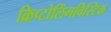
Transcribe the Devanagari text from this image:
क्रिप्टोलिंगविस्टिक